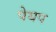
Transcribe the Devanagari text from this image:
पेयप